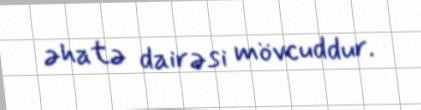
əhatə dairəsi mövcuddur.